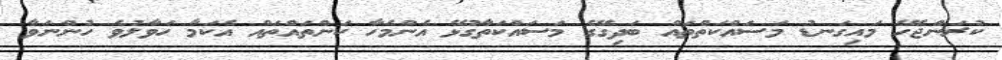
ކުރަންޖެހޭ މައިގަނޑު މަސައްކަތްތައް ބަދިގޭގެ މަސައްކަތާގުޅޭ އެންމެހާ ކަންތައްތައް އެކަމާ ހަވާލުވެ ހުންނަވާ